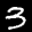
Label: 3